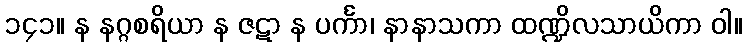
၁၄၁။ န နဂ္ဂစရိယာ န ဇဋာ န ပင်္ကာ၊ နာနာသကာ ထဏ္ဍိလသာယိကာ ဝါ။